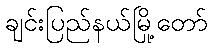
ချင်းပြည်နယ်မြို့တော်